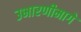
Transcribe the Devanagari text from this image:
उभारणीमागे